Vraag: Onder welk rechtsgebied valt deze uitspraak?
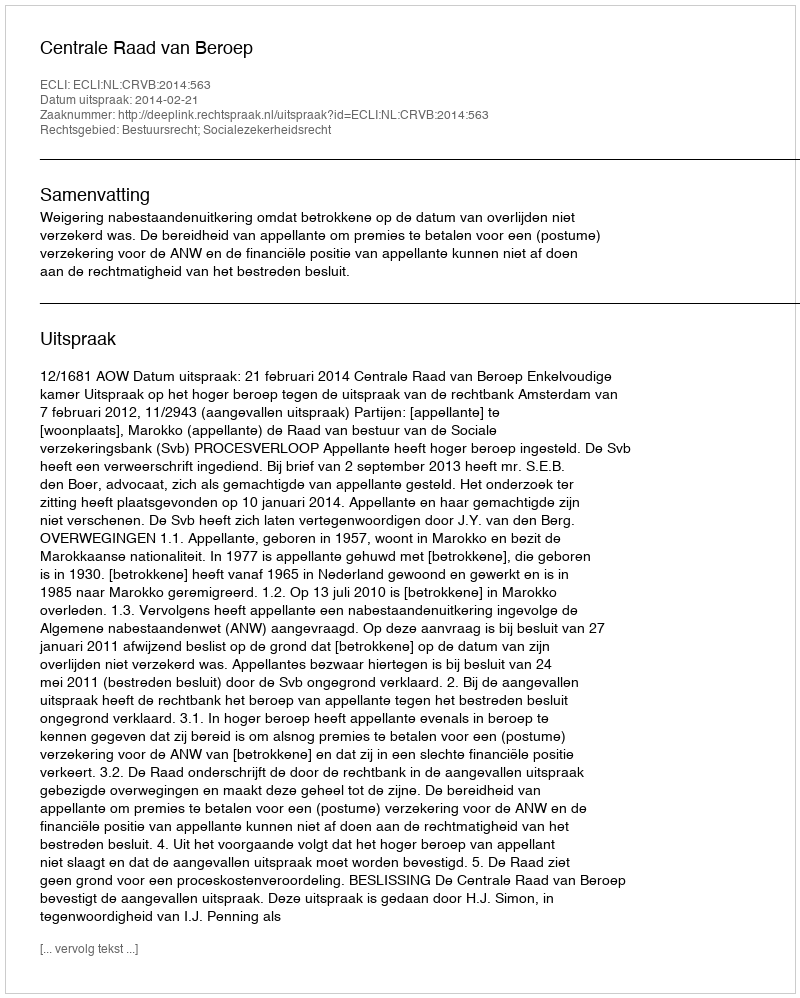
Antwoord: Bestuursrecht; Socialezekerheidsrecht